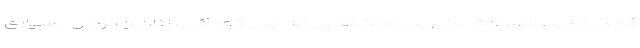
کمک کنید، اطلاعات بگیرید. کمک‌هایی که جان کودکان، زنان و مردان بسیاری